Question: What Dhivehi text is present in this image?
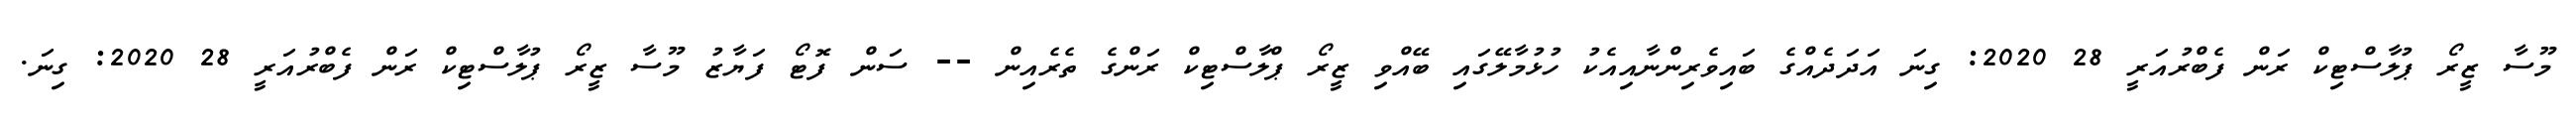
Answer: މޫސާ ޒީރޯ ޕުލާސްޓިކް ރަން ފެބްރުއަރީ 28 2020: ގިނަ އަދަދެއްގެ ބައިވެރިންނާއިއެކު ހުޅުމާލޭގައި ބޭއްވި ޒީރޯ ޕްލާސްޓިކް ރަންގެ ތެރެއިން -- ސަން ފޮޓޯ ފަޔާޒު މޫސާ ޒީރޯ ޕުލާސްޓިކް ރަން ފެބްރުއަރީ 28 2020: ގިނަ.